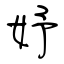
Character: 妤